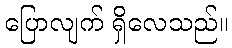
ပြောလျက် ရှိလေသည်။